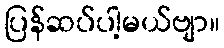
ပြန်ဆပ်ပါ့မယ်ဗျာ။